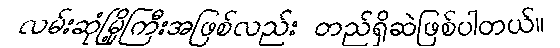
လမ်းဆုံမြို့ကြီးအဖြစ်လည်း တည်ရှိဆဲဖြစ်ပါတယ်။